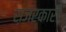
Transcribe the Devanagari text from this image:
स़जरकारी